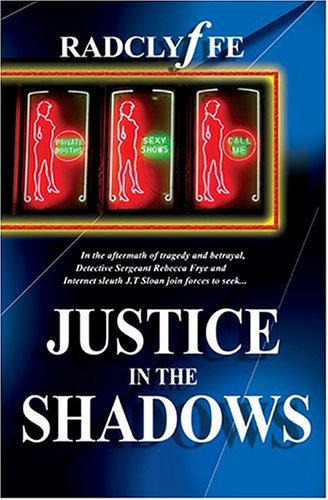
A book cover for Justice in the Shadows; Radclyffe; Romance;